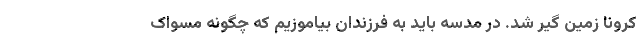
کرونا زمین گیر شد. در مدسه باید به فرزندان بیاموزیم که چگونه مسواک